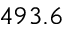
4 9 3 . 6